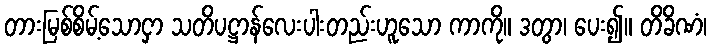
တားမြစ်စိမ့်သောငှာ သတိပဋ္ဌာန်လေးပါးတည်းဟူသော ကာကို။ ဒတွာ၊ ပေး၍။ တိခိဏံ၊